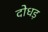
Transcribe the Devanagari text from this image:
दोधड़